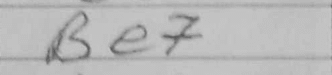
Transcription: Be7